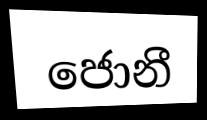
ජොනී